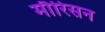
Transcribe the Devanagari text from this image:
मौरिसन